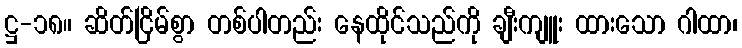
ဋ္ဌ-၁၈။ ဆိတ်ငြိမ်စွာ တစ်ပါတည်း နေထိုင်သည်ကို ချီးကျူး ထားသော ဂါထာ၊